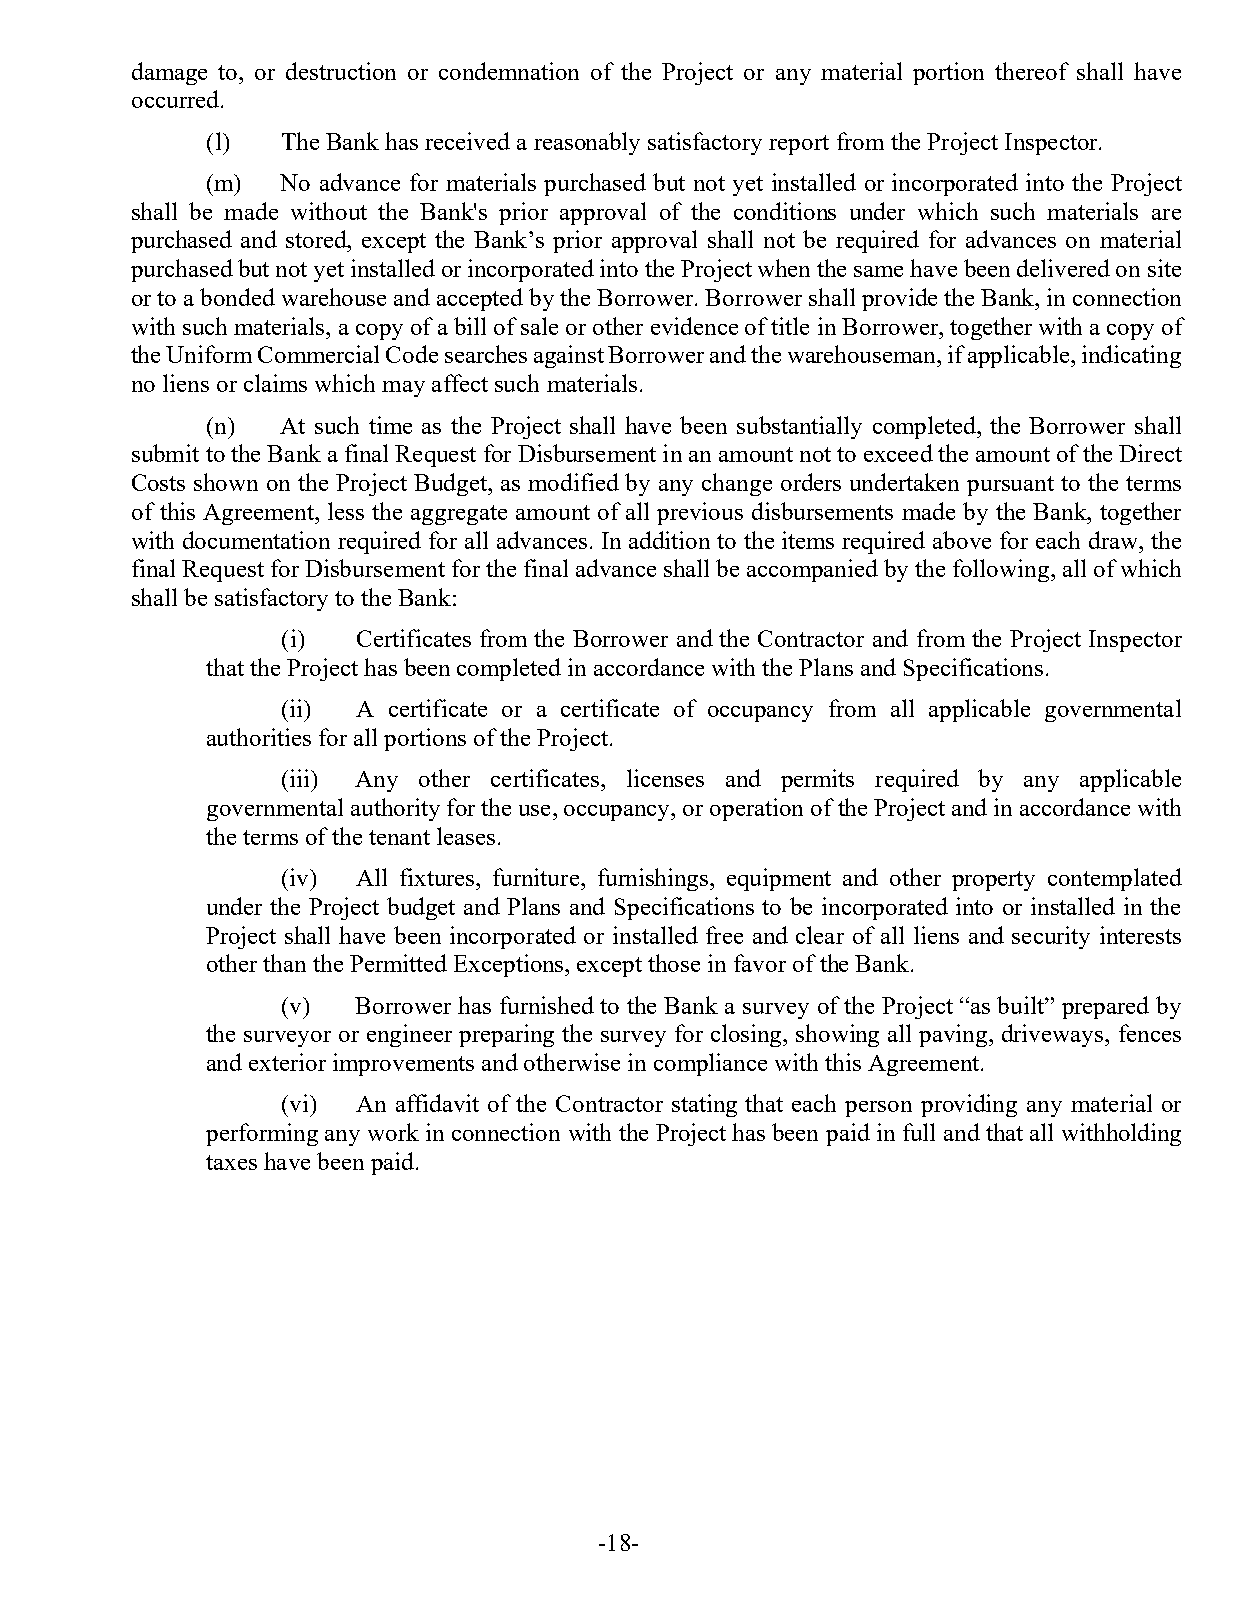
damage to, or destruction or condemnation of the Project or any material portion thereof shall have
 occurred.
 (l)  The Bank has received a reasonably satisfactory report from the Project Inspector.
 (m)  No advance for materials purchased but not yet installed or incorporated into the Project
 shall be made without the Bank's prior approval of the conditions under which such materials are
 purchased and stored, except the Bank’s prior approval shall not be required for advances on material
 purchased but not yet installed or incorporated into the Project when the same have been delivered on site
 or to a bonded warehouse and accepted by the Borrower. Borrower shall provide the Bank, in connection
 with such materials, a copy of a bill of sale or other evidence of title in Borrower, together with a copy of
 the Uniform Commercial Code searches against Borrower and the warehouseman, if applicable, indicating
 no liens or claims which may affect such materials.
 (n)  At such time as the Project shall have been substantially completed, the Borrower shall
 submit to the Bank a final Request for Disbursement in an amount not to exceed the amount of the Direct
 Costs shown on the Project Budget, as modified by any change orders undertaken pursuant to the terms
 of this Agreement, less the aggregate amount of all previous disbursements made by the Bank, together
 with documentation required for all advances. In addition to the items required above for each draw, the
 final Request for Disbursement for the final advance shall be accompanied by the following, all of which
 shall be satisfactory to the Bank:
 (i)  Certificates from the Borrower and the Contractor and from the Project Inspector
 that the Project has been completed in accordance with the Plans and Specifications.
 (ii) A certificate or a certificate of occupancy from all applicable governmental
 authorities for all portions of the Project.
 (iii) Any other certificates, licenses and permits required by any applicable
 governmental authority for the use, occupancy, or operation of the Project and in accordance with
 the terms of the tenant leases.
 (iv) All fixtures, furniture, furnishings, equipment and other property contemplated
 under the Project budget and Plans and Specifications to be incorporated into or installed in the
 Project shall have been incorporated or installed free and clear of all liens and security interests
 other than the Permitted Exceptions, except those in favor of the Bank.
 (v)  Borrower has furnished to the Bank a survey of the Project “as built” prepared by
 the surveyor or engineer preparing the survey for closing, showing all paving, driveways, fences
 and exterior improvements and otherwise in compliance with this Agreement.
 (vi) An affidavit of the Contractor stating that each person providing any material or
 performing any work in connection with the Project has been paid in full and that all withholding
 taxes have been paid.
 -18-